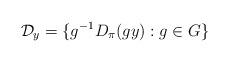
LaTeX: \begin{align*}\mathcal{D}_{y} = \{ g^{-1}D_{\pi}(gy) : g \in G \}\end{align*}